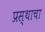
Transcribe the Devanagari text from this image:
प्रस्थाचा